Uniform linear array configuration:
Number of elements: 8
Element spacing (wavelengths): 0.5
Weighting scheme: kaiser
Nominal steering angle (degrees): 15
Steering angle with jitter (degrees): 15.157
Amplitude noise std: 0.05
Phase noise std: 0.05

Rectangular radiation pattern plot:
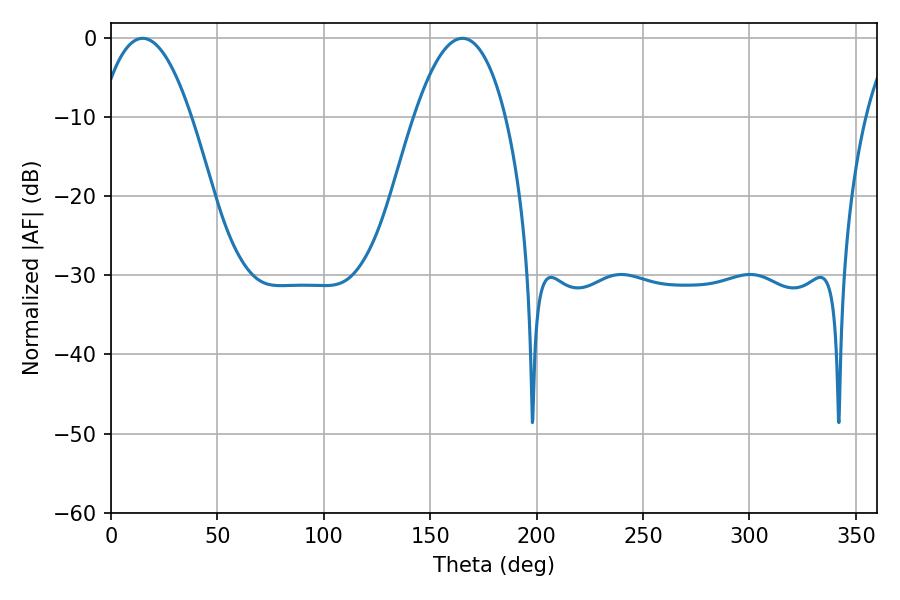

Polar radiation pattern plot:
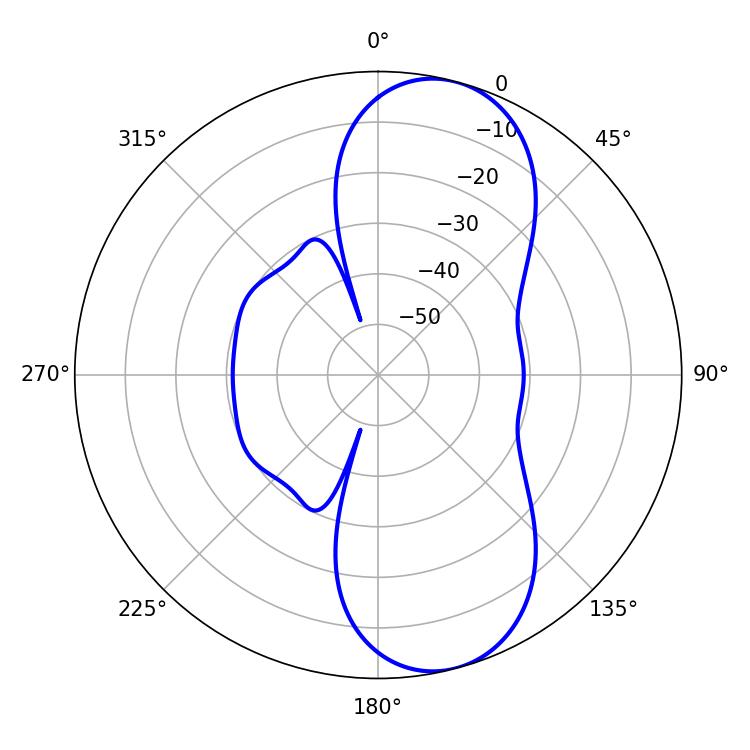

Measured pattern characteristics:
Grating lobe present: FALSE
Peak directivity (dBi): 9.253
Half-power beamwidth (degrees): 23.76
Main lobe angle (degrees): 14.94